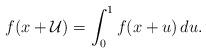
LaTeX: \begin{align*} f(x + \mathcal{U}) = \int_{0}^{1} f(x+u) \, du. \end{align*}